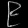
Digit: ၉